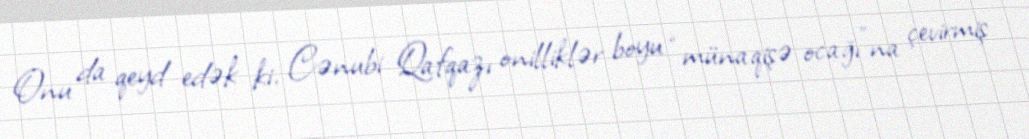
Onu da qeyd edək ki, Cənubi Qafqazı onilliklər boyu “münaqişə ocağı”na çevirmiş